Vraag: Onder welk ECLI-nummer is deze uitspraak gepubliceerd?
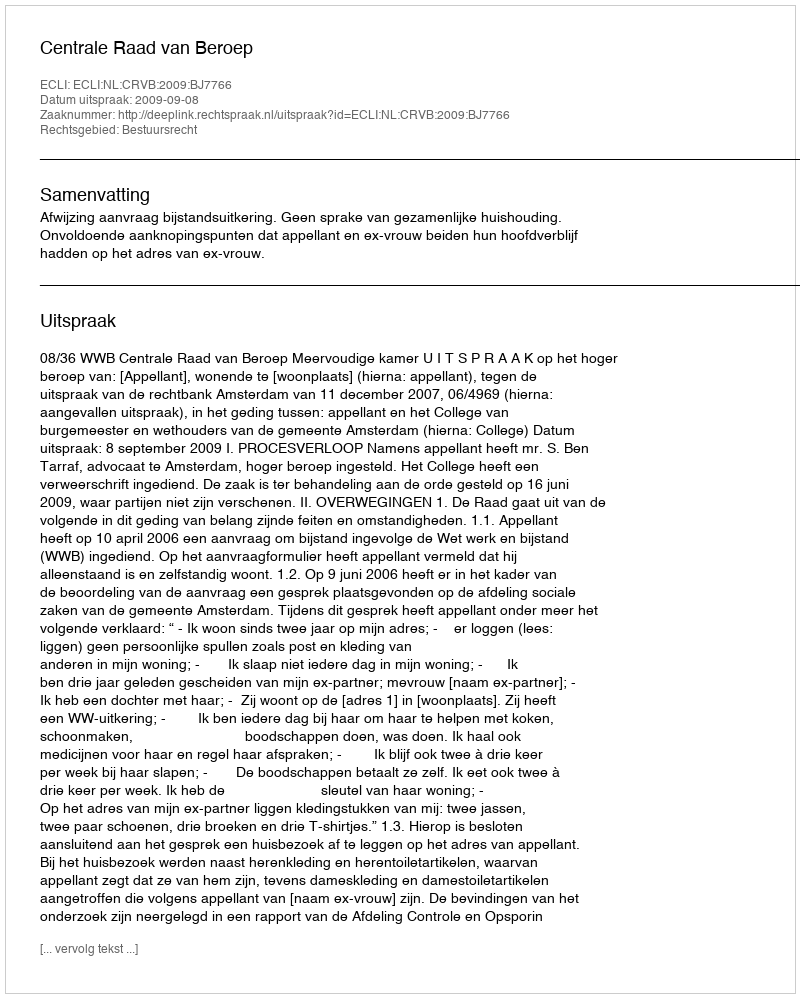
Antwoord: ECLI:NL:CRVB:2009:BJ7766